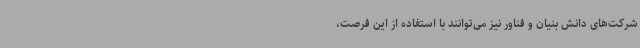
شرکت‌های دانش بنیان و فناور نیز می‌توانند با استفاده از این فرصت،